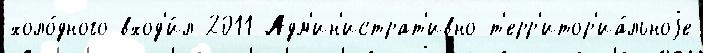
холо́дного вход'и́л 2011 Адм'ин'истрат'ивно-т'ерр'итор'иа́льноjе